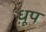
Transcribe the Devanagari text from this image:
ध़ूप